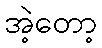
အဲ့တော့